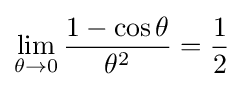
\lim _{\theta \to 0}{\frac {1-\cos \theta }{\theta ^{2}}}={\frac {1}{2}}